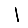
Digit: 1